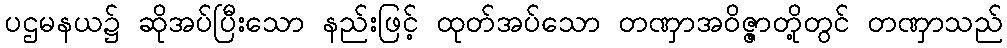
ပဌမနယ၌ ဆိုအပ်ပြီးသော နည်းဖြင့် ထုတ်အပ်သော တဏှာအဝိဇ္ဇာတို့တွင် တဏှာသည်